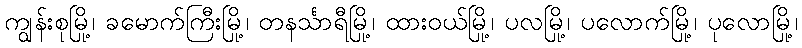
ကျွန်းစုမြို့၊ ခမောက်ကြီးမြို့၊ တနင်္သာရီမြို့၊ ထားဝယ်မြို့၊ ပလမြို့၊ ပလောက်မြို့၊ ပုလောမြို့၊